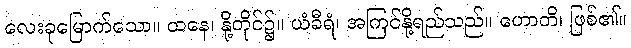
လေးခုမြောက်သော။ ထနေ၊ နို့တိုင်၌။ ယံခီရံ၊ အကြင်နို့ရည်သည်။ ဟောတိ၊ ဖြစ်၏။